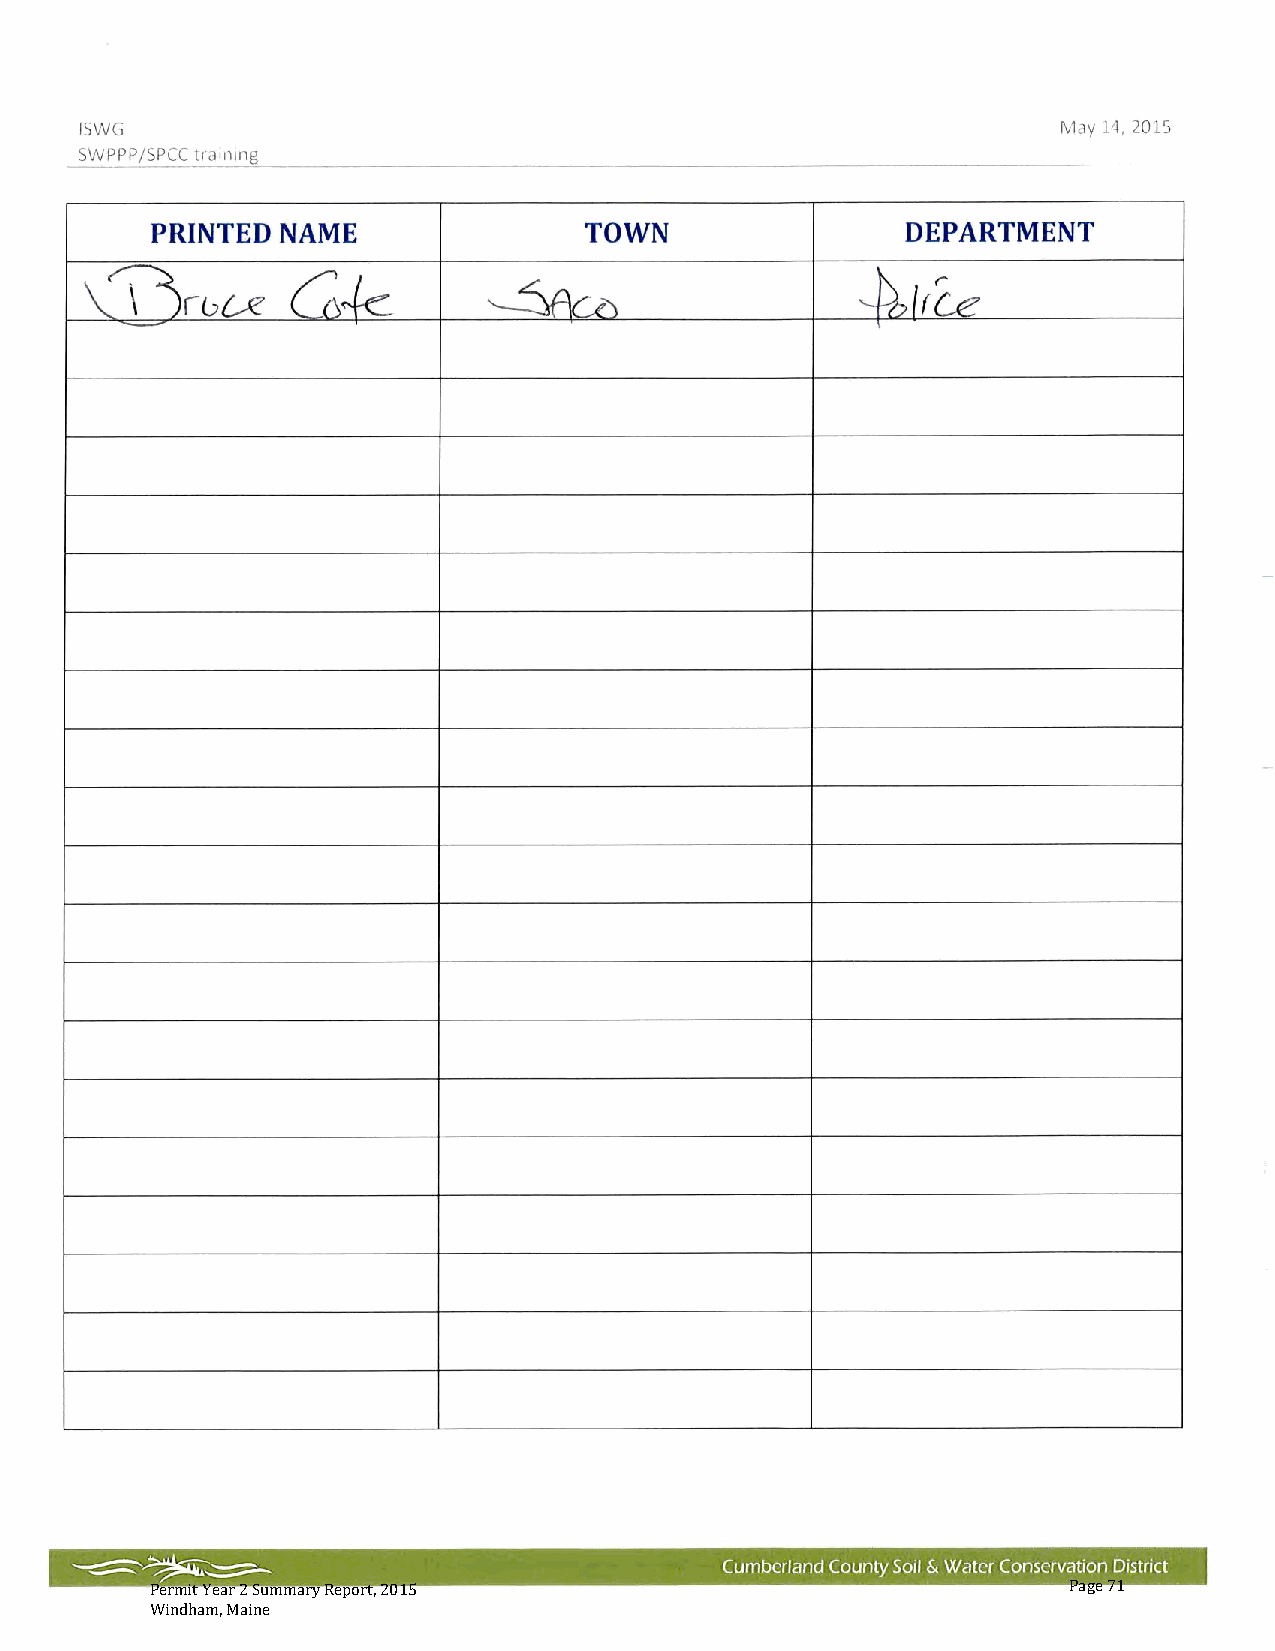
Permit Year 2 Summary Report, 2015                           Page 71
 Windham, Maine